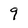
Character: 9